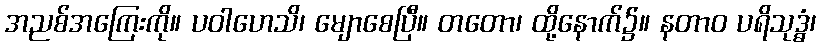
အညစ်အကြေးကို။ ပဝါဟေသိ၊ မျောစေပြီ။ တတော၊ ထို့နောက်၌။ နတာဝ ပရိသုဒ္ဓံ၊